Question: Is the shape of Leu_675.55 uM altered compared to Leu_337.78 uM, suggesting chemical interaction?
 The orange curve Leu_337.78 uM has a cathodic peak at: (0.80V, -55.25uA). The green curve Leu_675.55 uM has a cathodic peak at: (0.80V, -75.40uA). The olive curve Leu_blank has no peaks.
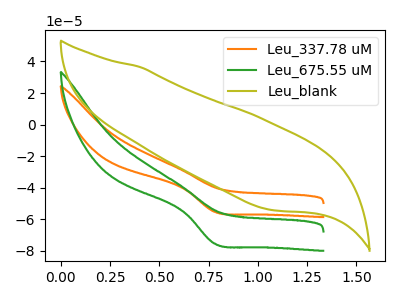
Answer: <think>All the peaks in "Leu_675.55 uM" have a peak in "Leu_337.78 uM" at the same potential. Every peak in "Leu_675.55 uM" is higher than every peak in "Leu_337.78 uM".
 </think>
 <answer>No, "Leu_675.55 uM" and "Leu_337.78 uM" don't appear to be significantly different in shape</answer>
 <eval>no_change</eval>